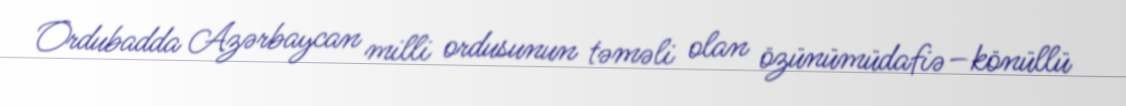
Ordubadda Azərbaycan milli ordusunun təməli olan özünümüdafiə–könüllü